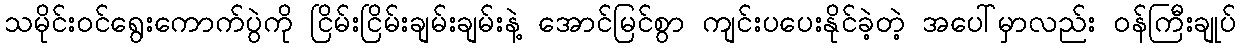
သမိုင်းဝင်ရွေးကောက်ပွဲကို ငြိမ်းငြိမ်းချမ်းချမ်းနဲ့ အောင်မြင်စွာ ကျင်းပပေးနိုင်ခဲ့တဲ့ အပေါ်မှာလည်း ဝန်ကြီးချုပ်